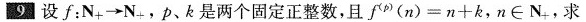
9设f：N_{+} \to N_{+}，p、k是两个固定正整数，且$$f ^ { ( p ) } ( n ) =n + k$$，n \in N_{+}。求